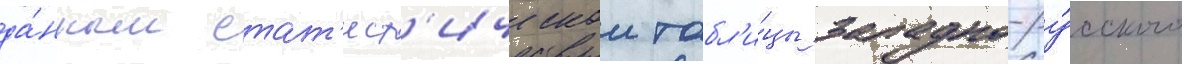
да́нным стат'ист'ическои табл'и́цы западно-ру́сского